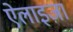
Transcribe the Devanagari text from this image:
ऐलाइज़ा